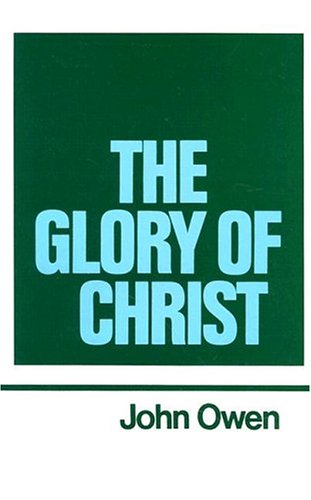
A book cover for The Glory of Christ (Works of John Owen, Volume 1); John Owen; Christian Books & Bibles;